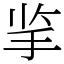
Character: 㧛